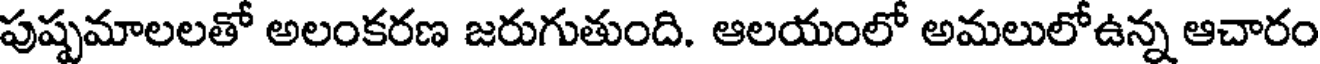
పుష్పమాలలతో అలంకరణ జరుగుతుంది. ఆలయంలో అమలులోఉన్న ఆచారం